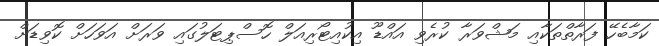
ކަމާބެހޭ ފަރާތްތަކާއި މަޝްވަރާ ކުރެވި އައްޑޫ އިކުއިޓޯރިއަލް ހޮސްޕިޓަލުގައި ވަރަށް އަވަހަށް ކޮވިޑަށް